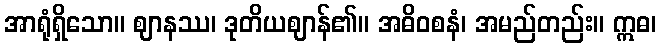
အာရုံရှိသော။ ဈာနဿ၊ ဒုတိယဈာန်၏။ အဓိဝစနံ၊ အမည်တည်း။ ဣဓ၊